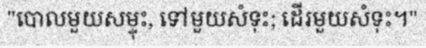
"បោលមួយសម្ទុះ, ទៅមួយសំទុះ; ដើរមួយសំទុះ។"